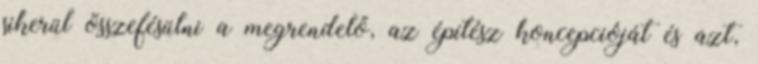
sikerül összefésülni a megrendelő, az építész koncepcióját és azt,